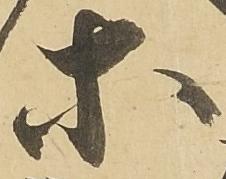
等